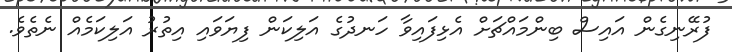
ފުރޭނިގެން އައިސް ބިންމައްޗަށް އެޅިފައިވާ ހަނދުގެ އަލިކަން ފިޔަވައި އިތުރު އަލިކަމެއް ނެތެވެ.